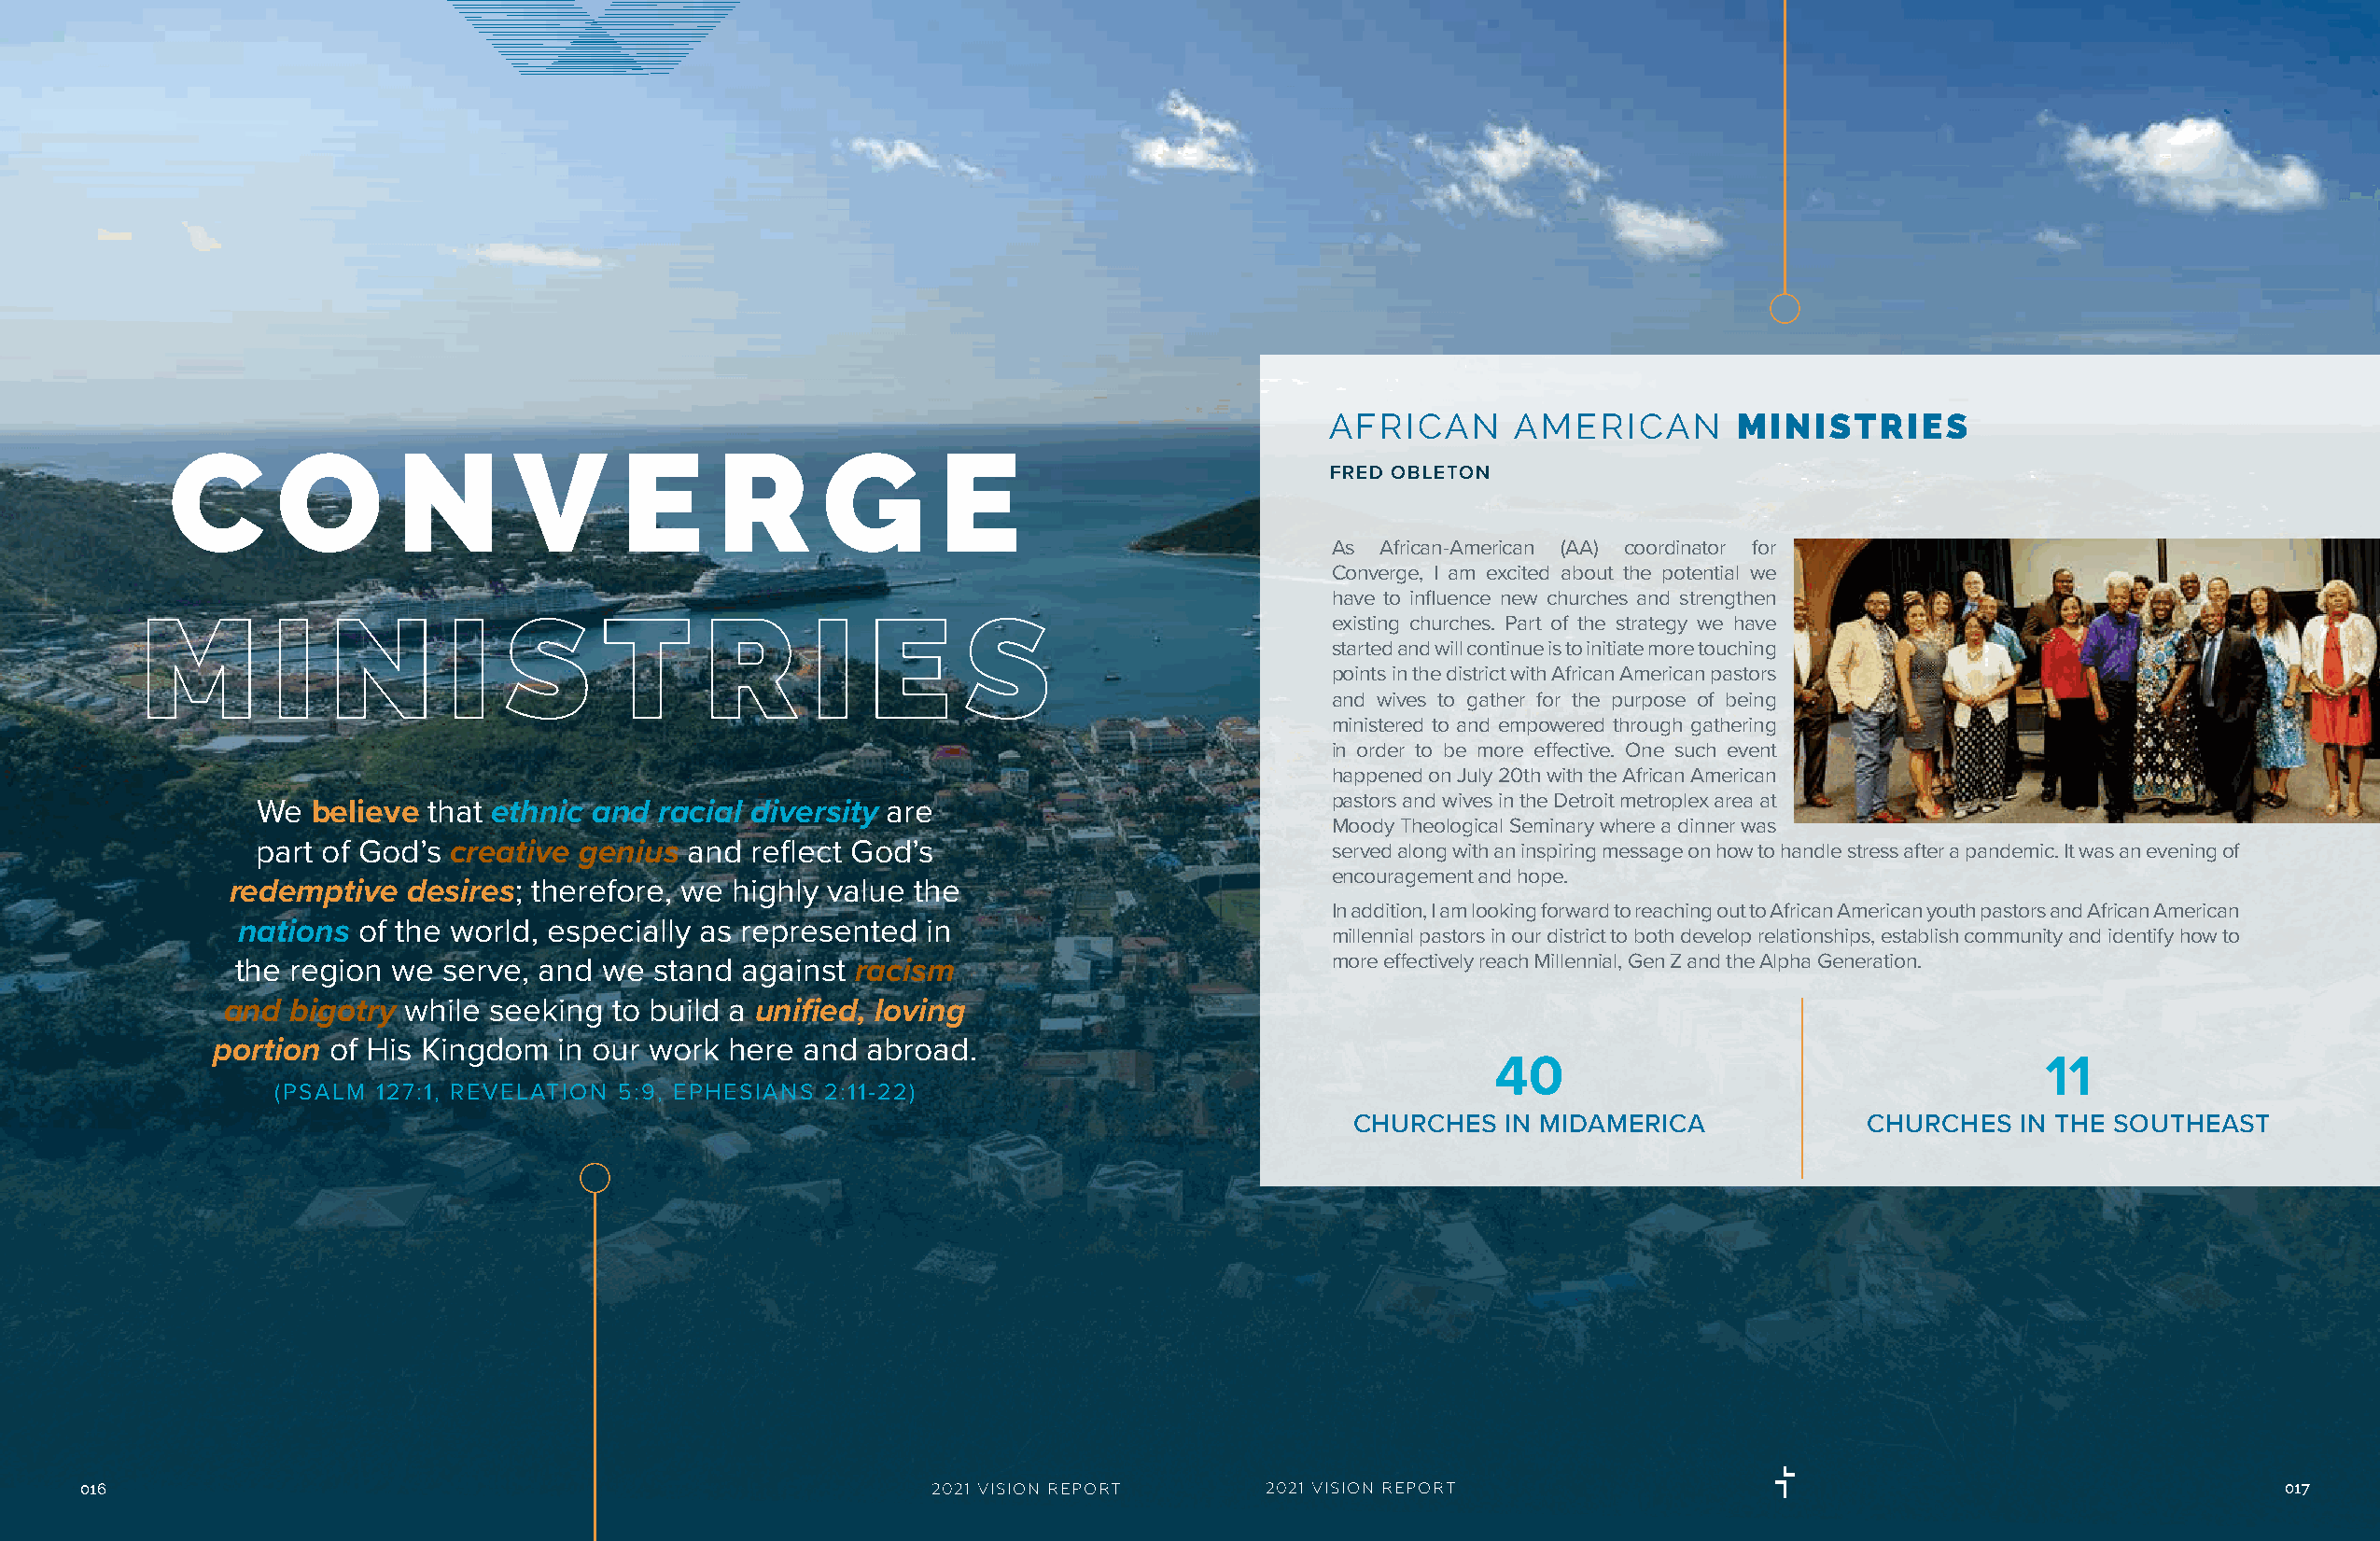
AFRICAN      AMERICAN        MINISTRIES
 C       O       N       V       E      R      G        E
 FRED OBLETON
 As  African-American (AA) coordinator for
 Converge, I am excited about the potential we
 have to influence new churches and strengthen
 M        I   N        I   S      T      R       I   E     S                         existing churches. Part of the strategy we have
 started and will continue is to initiate more touching
 points in the district with African American pastors
 and wives to gather for the purpose of being
 ministered to and empowered through gathering
 in order to be more effective. One such event
 happened on July 20th with the African American
 pastors and wives in the Detroit metroplex area at
 We  believe that ethnic and  racial diversity are
 Moody Theological Seminary where a dinner was
 part of God’s creative genius  and reflect God’s                            served along with an inspiring message on how to handle stress after a pandemic. It was an evening of
 encouragement and hope.
 redemptive   desires; therefore, we highly value the
 In addition, I am looking forward to reaching out to African American youth pastors and African American
 nations of the world, especially as represented  in
 millennial pastors in our district to both develop relationships, establish community and identify how to
 the region we serve, and  we stand  against racism                           more effectively reach Millennial, Gen Z and the Alpha Generation.
 and  bigotry while seeking to build a unified, loving
 portion of His Kingdom   in our work here and abroad.
 40                                     11
 (PSALM  127:1, REVELATION 5:9, EPHESIANS 2:11-22)
 CHURCHES   IN MIDAMERICA            CHURCHES   IN THE SOUTHEAST
 016                                                         2021 VISION REPORT      2021 VISION REPORT                                                      017